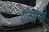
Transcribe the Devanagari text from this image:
एक्स्त्रेमो